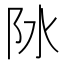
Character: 阥